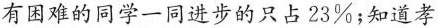
有困难的同学一同进步的只占23\%；知道孝